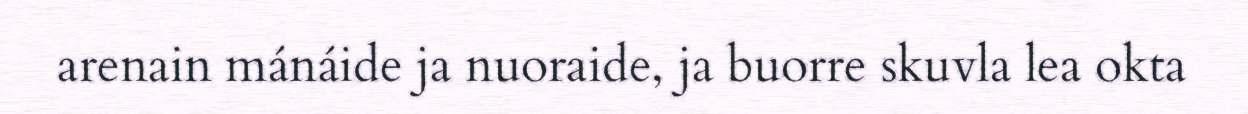
arenain mánáide ja nuoraide, ja buorre skuvla lea okta